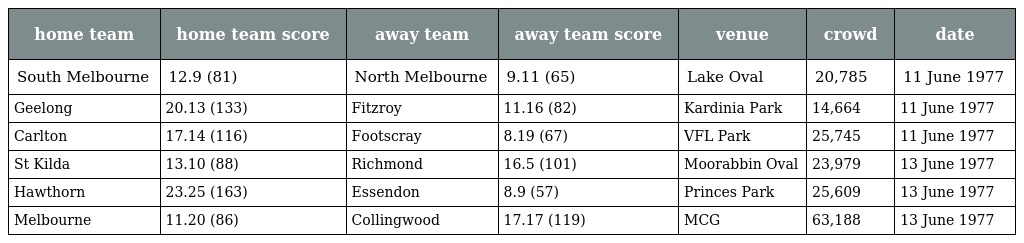
| home team | home team score | away team | away team score | venue | crowd | date |
 | --- | --- | --- | --- | --- | --- | --- |
 | South Melbourne | 12.9 (81) | North Melbourne | 9.11 (65) | Lake Oval | 20,785 | 11 June 1977 |
 | Geelong | 20.13 (133) | Fitzroy | 11.16 (82) | Kardinia Park | 14,664 | 11 June 1977 |
 | Carlton | 17.14 (116) | Footscray | 8.19 (67) | VFL Park | 25,745 | 11 June 1977 |
 | St Kilda | 13.10 (88) | Richmond | 16.5 (101) | Moorabbin Oval | 23,979 | 13 June 1977 |
 | Hawthorn | 23.25 (163) | Essendon | 8.9 (57) | Princes Park | 25,609 | 13 June 1977 |
 | Melbourne | 11.20 (86) | Collingwood | 17.17 (119) | MCG | 63,188 | 13 June 1977 |